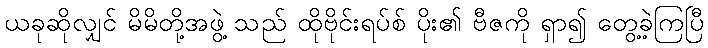
ယခုဆိုလျှင် မိမိတို့အဖွဲ့ သည် ထိုဗိုင်းရပ်စ် ပိုး၏ ဗီဇကို ရှာ၍ တွေ့ခဲ့ကြပြီ